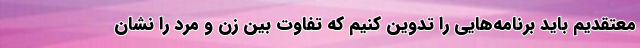
معتقدیم باید برنامه‌هایی را تدوین کنیم که تفاوت‌ بین زن و مرد را نشان